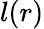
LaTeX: l(r)